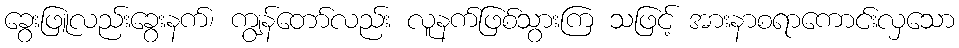
ခွေးဖြူလည်းခွေးနက်၊ ကျွန်တော်လည်း လူနက်ဖြစ်သွားကြ သဖြင့် အားနာစရာကောင်းလှသော